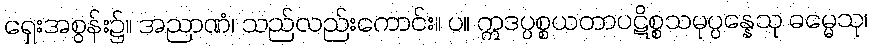
ရှေးအစွန်း၌။ အညာဏံ၊ သည်လည်းကောင်း။ ပ။ ဣဒပ္ပစ္စယတာပဋိစ္စသမုပ္ပန္နေသု ဓမ္မေသု၊